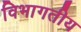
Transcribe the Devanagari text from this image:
विभागतीय